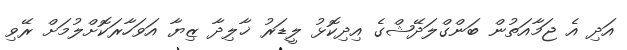
އަދި އެ ޖަމާއަތުން ބަންގްލަދޭޝްގެ އިދިކޮޅު ލީޑަރު ޚާލިދާ ޒިޔާ އަވަހާރަކޮށްލުމަށް ރޭވި